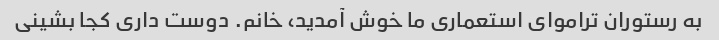
به رستوران تراموای استعماری ما خوش آمدید، خانم. دوست داری کجا بشینی